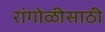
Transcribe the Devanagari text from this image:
रांगोळीसाठी